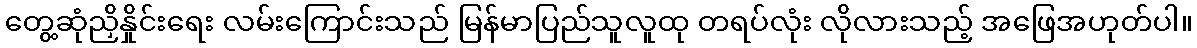
တွေ့ဆုံညှိနှိုင်းရေး လမ်းကြောင်းသည် မြန်မာပြည်သူလူထု တရပ်လုံး လိုလားသည့် အဖြေအဟုတ်ပါ။